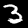
Digit: 3